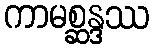
ကာမစ္ဆန္ဒဿ